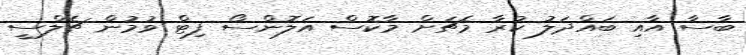
ބާސާ އާއި ބައްދަލު ކުރާ މެޗަށް މާކޮސް އަލޮންސޯ ފިޓް ވުމުން ޗެލްސީ